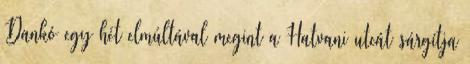
Dankó egy hét elmúltával megint a Hatvani utcát sárgítja